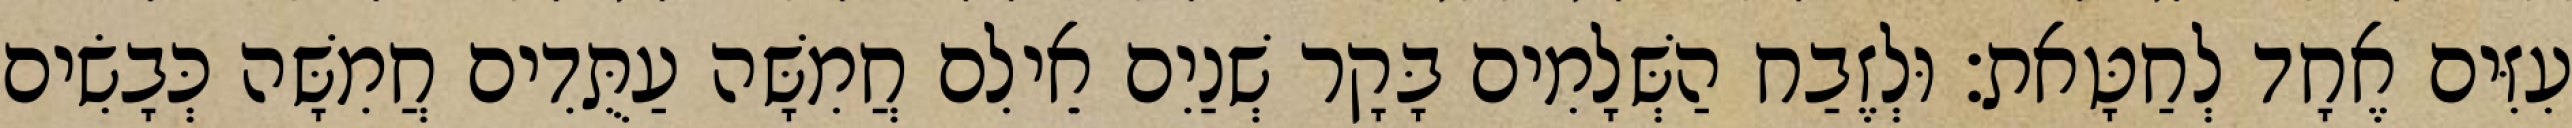
עִזִּים אֶחָד לְחַטָּאת׃ וּלְזֶבַח הַשְּׁלָמִים בָּקָר שְׁנַיִם אֵילִם חֲמִשָּׁה עַתֻּדִים חֲמִשָּׁה כְּבָשִׂים